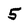
Character: 5